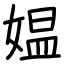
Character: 媪